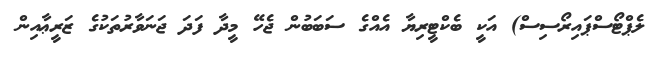
ލެޕްޓޯސްޕައިރޯސިސް) އަކީ ބެކްޓީރިޔާ އެއްގެ ސަބަބުން ޖެހޭ މީދާ ފަދަ ޖަނަވާރުތަކުގެ ޒަރީޢާއިން